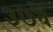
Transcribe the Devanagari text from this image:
३७वें